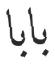
بابا